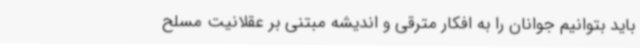
باید بتوانیم جوانان را به افکار مترقی و اندیشه مبتنی بر عقلانیت مسلح